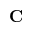
{ \bf C }